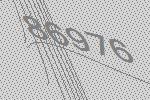
86976